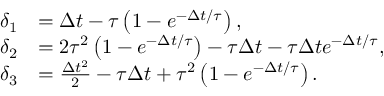
\begin{array} { r l } { \delta _ { 1 } } & { = \Delta t - \tau \left( { 1 - e ^ { - \Delta t / \tau } } \right) , } \\ { \delta _ { 2 } } & { = 2 \tau ^ { 2 } \left( { 1 - e ^ { - \Delta t / \tau } } \right) - \tau \Delta t - \tau \Delta t e ^ { - \Delta t / \tau } , } \\ { \delta _ { 3 } } & { = \frac { \Delta t ^ { 2 } } { 2 } - \tau \Delta t + \tau ^ { 2 } \left( { 1 - e ^ { - \Delta t / \tau } } \right) . } \end{array}